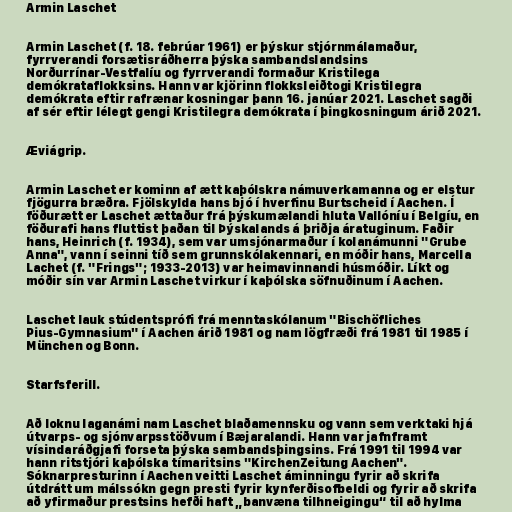
Armin Laschet

Armin Laschet (f. 18. febrúar 1961) er þýskur stjórnmálamaður,
fyrrverandi forsætisráðherra þýska sambandslandsins
Norðurrínar-Vestfalíu og fyrrverandi formaður Kristilega
demókrataflokksins. Hann var kjörinn flokksleiðtogi Kristilegra
demókrata eftir rafrænar kosningar þann 16. janúar 2021. Laschet sagði
af sér eftir lélegt gengi Kristilegra demókrata í þingkosningum árið 2021.

Æviágrip.

Armin Laschet er kominn af ætt kaþólskra námuverkamanna og er elstur
fjögurra bræðra. Fjölskylda hans bjó í hverfinu Burtscheid í Aachen. Í
föðurætt er Laschet ættaður frá þýskumælandi hluta Vallóníu í Belgíu, en
föðurafi hans fluttist þaðan til Þýskalands á þriðja áratuginum. Faðir
hans, Heinrich (f. 1934), sem var umsjónarmaður í kolanámunni "Grube
Anna", vann í seinni tíð sem grunnskólakennari, en móðir hans, Marcella
Lachet (f. "Frings"; 1933-2013) var heimavinnandi húsmóðir. Líkt og
móðir sín var Armin Laschet virkur í kaþólska söfnuðinum í Aachen.

Laschet lauk stúdentsprófi frá menntaskólanum "Bischöfliches
Pius-Gymnasium" í Aachen árið 1981 og nam lögfræði frá 1981 til 1985 í
München og Bonn.

Starfsferill.

Að loknu laganámi nam Laschet blaðamennsku og vann sem verktaki hjá
útvarps- og sjónvarpsstöðvum í Bæjaralandi. Hann var jafnframt
vísindaráðgjafi forseta þýska sambandsþingsins. Frá 1991 til 1994 var
hann ritstjóri kaþólska tímaritsins "KirchenZeitung Aachen".
Sóknarpresturinn í Aachen veitti Laschet áminningu fyrir að skrifa
útdrátt um málssókn gegn presti fyrir kynferðisofbeldi og fyrir að skrifa
að yfirmaður prestsins hefði haft „banvæna tilhneigingu“ til að hylma